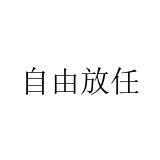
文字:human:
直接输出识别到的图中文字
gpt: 自由放任